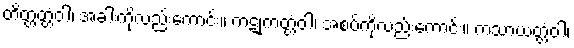
တိတ္တတ္တံဝါ၊ အခါးကိုလည်းကောင်း။ ကဋုကတ္တံဝါ၊ အစပ်ကိုလည်းကောင်း။ ကသာယတ္တံဝါ၊